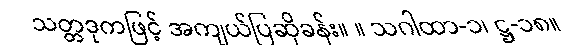
သတ္တဒုကဖြင့် အကျယ်ပြဆိုခန်း။ ။ သဂါထာ-၁၊ ဋ္ဌ-၁၈။